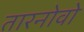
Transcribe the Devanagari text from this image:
तारनोवो